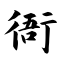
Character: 衙